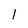
Character: l